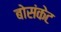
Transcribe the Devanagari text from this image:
बोसंकेट